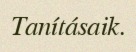
Tanításaik.